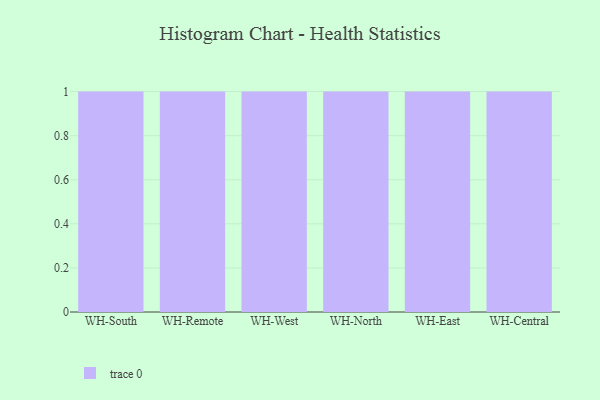
{"axis": {"x": "Warehouse", "y": "Temperature (°C)"}, "legend": [""], "data": [{"x": "WH-South", "y": 57, "type": ""}, {"x": "WH-Remote", "y": 13, "type": ""}, {"x": "WH-West", "y": 86, "type": ""}, {"x": "WH-North", "y": 50, "type": ""}, {"x": "WH-East", "y": 64, "type": ""}, {"x": "WH-Central", "y": 99, "type": ""}]}